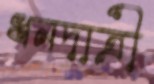
ধনদাত্রী